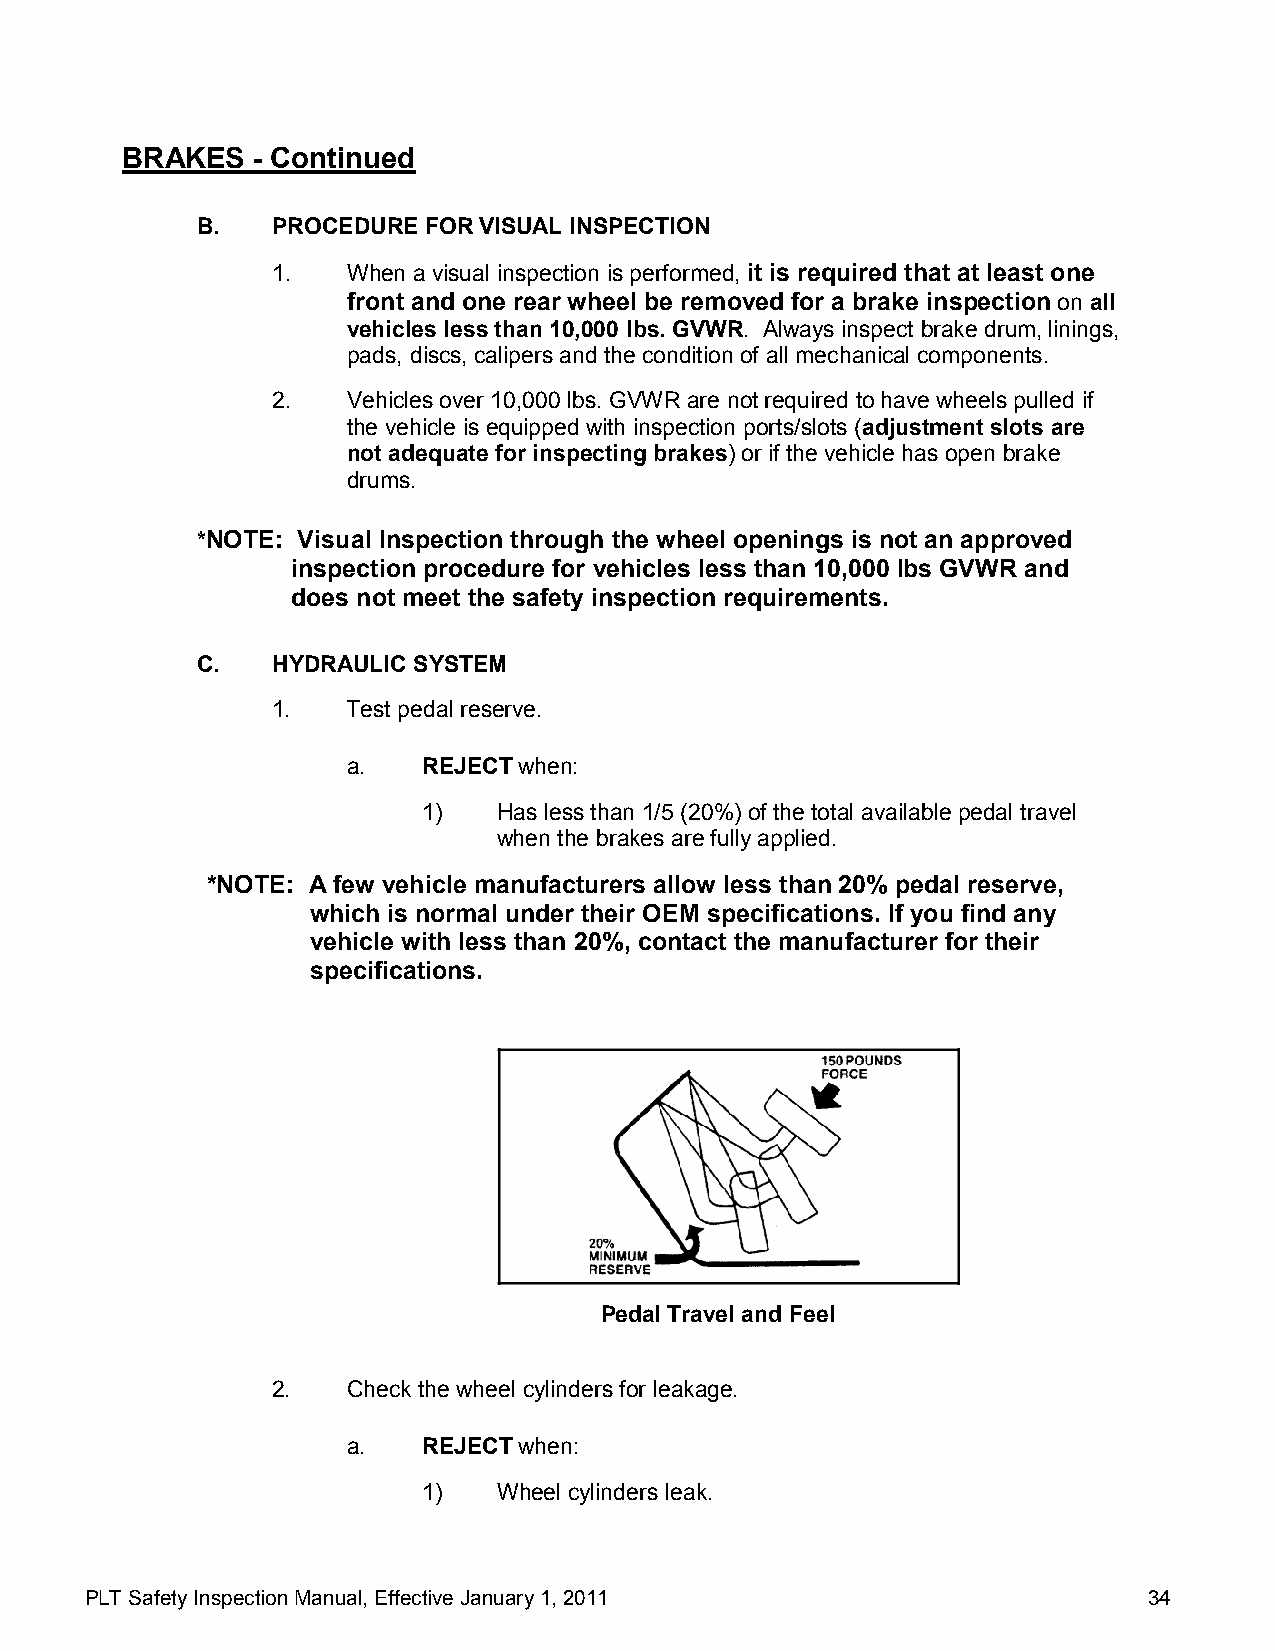
BRAKES   - Continued
 B.   PROCEDURE FOR VISUAL INSPECTION
 1.   When a visual inspection is performed, it is required that at least one
 front and one rear wheel be removed for a brake inspection on all
 vehicles less than 10,000 lbs. GVWR. Always inspect brake drum, linings,
 pads, discs, calipers and the condition of all mechanical components.
 2.   Vehicles over 10,000 lbs. GVWR are not required to have wheels pulled if
 the vehicle is equipped with inspection ports/slots (adjustment slots are
 not adequate for inspecting brakes) or if the vehicle has open brake
 drums.
 *NOTE: Visual Inspection through the wheel openings is not an approved
 inspection procedure for vehicles less than 10,000 lbs GVWR and
 does not meet the safety inspection requirements.
 C.   HYDRAULIC SYSTEM
 1.   Test pedal reserve.
 a.   REJECT when:
 1)   Has less than 1/5 (20%) of the total available pedal travel
 when the brakes are fully applied.
 *NOTE: A few vehicle manufacturers allow less than 20% pedal reserve,
 which is normal under their OEM specifications. If you find any
 vehicle with less than 20%, contact the manufacturer for their
 specifications.
 Pedal Travel and Feel
 2.   Check the wheel cylinders for leakage.
 a.   REJECT when:
 1)   Wheel cylinders leak.
 PLT Safety Inspection Manual, Effective January 1, 2011               34